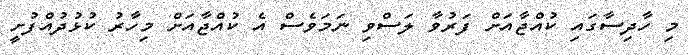
މި ހާދިސާގައި ކުއްޖާއަށް ފަރުވާ ލަސްވި ނަމަވެސް އެ ކުއްޖާއަށް މިހާރު ކުޅުދުއްފުށީ